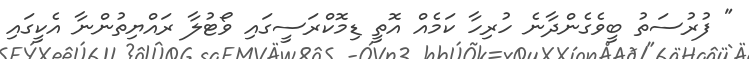
" ފުރުސަތު ބީވެގެންދާނެ ހުރިހާ ކަމެއް އޮތީ ޑިމޮކްރަސީގައި ވޯޓުލާ ރައްޔިތުންނާ އެކީގައި